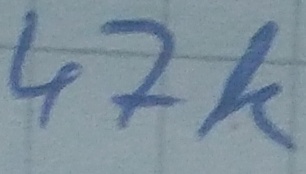
Text: 47k